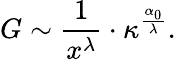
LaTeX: G\sim\frac{1}{x^{\lambda}}\cdot\kappa^{\frac{\alpha_{0}}{\lambda}}.